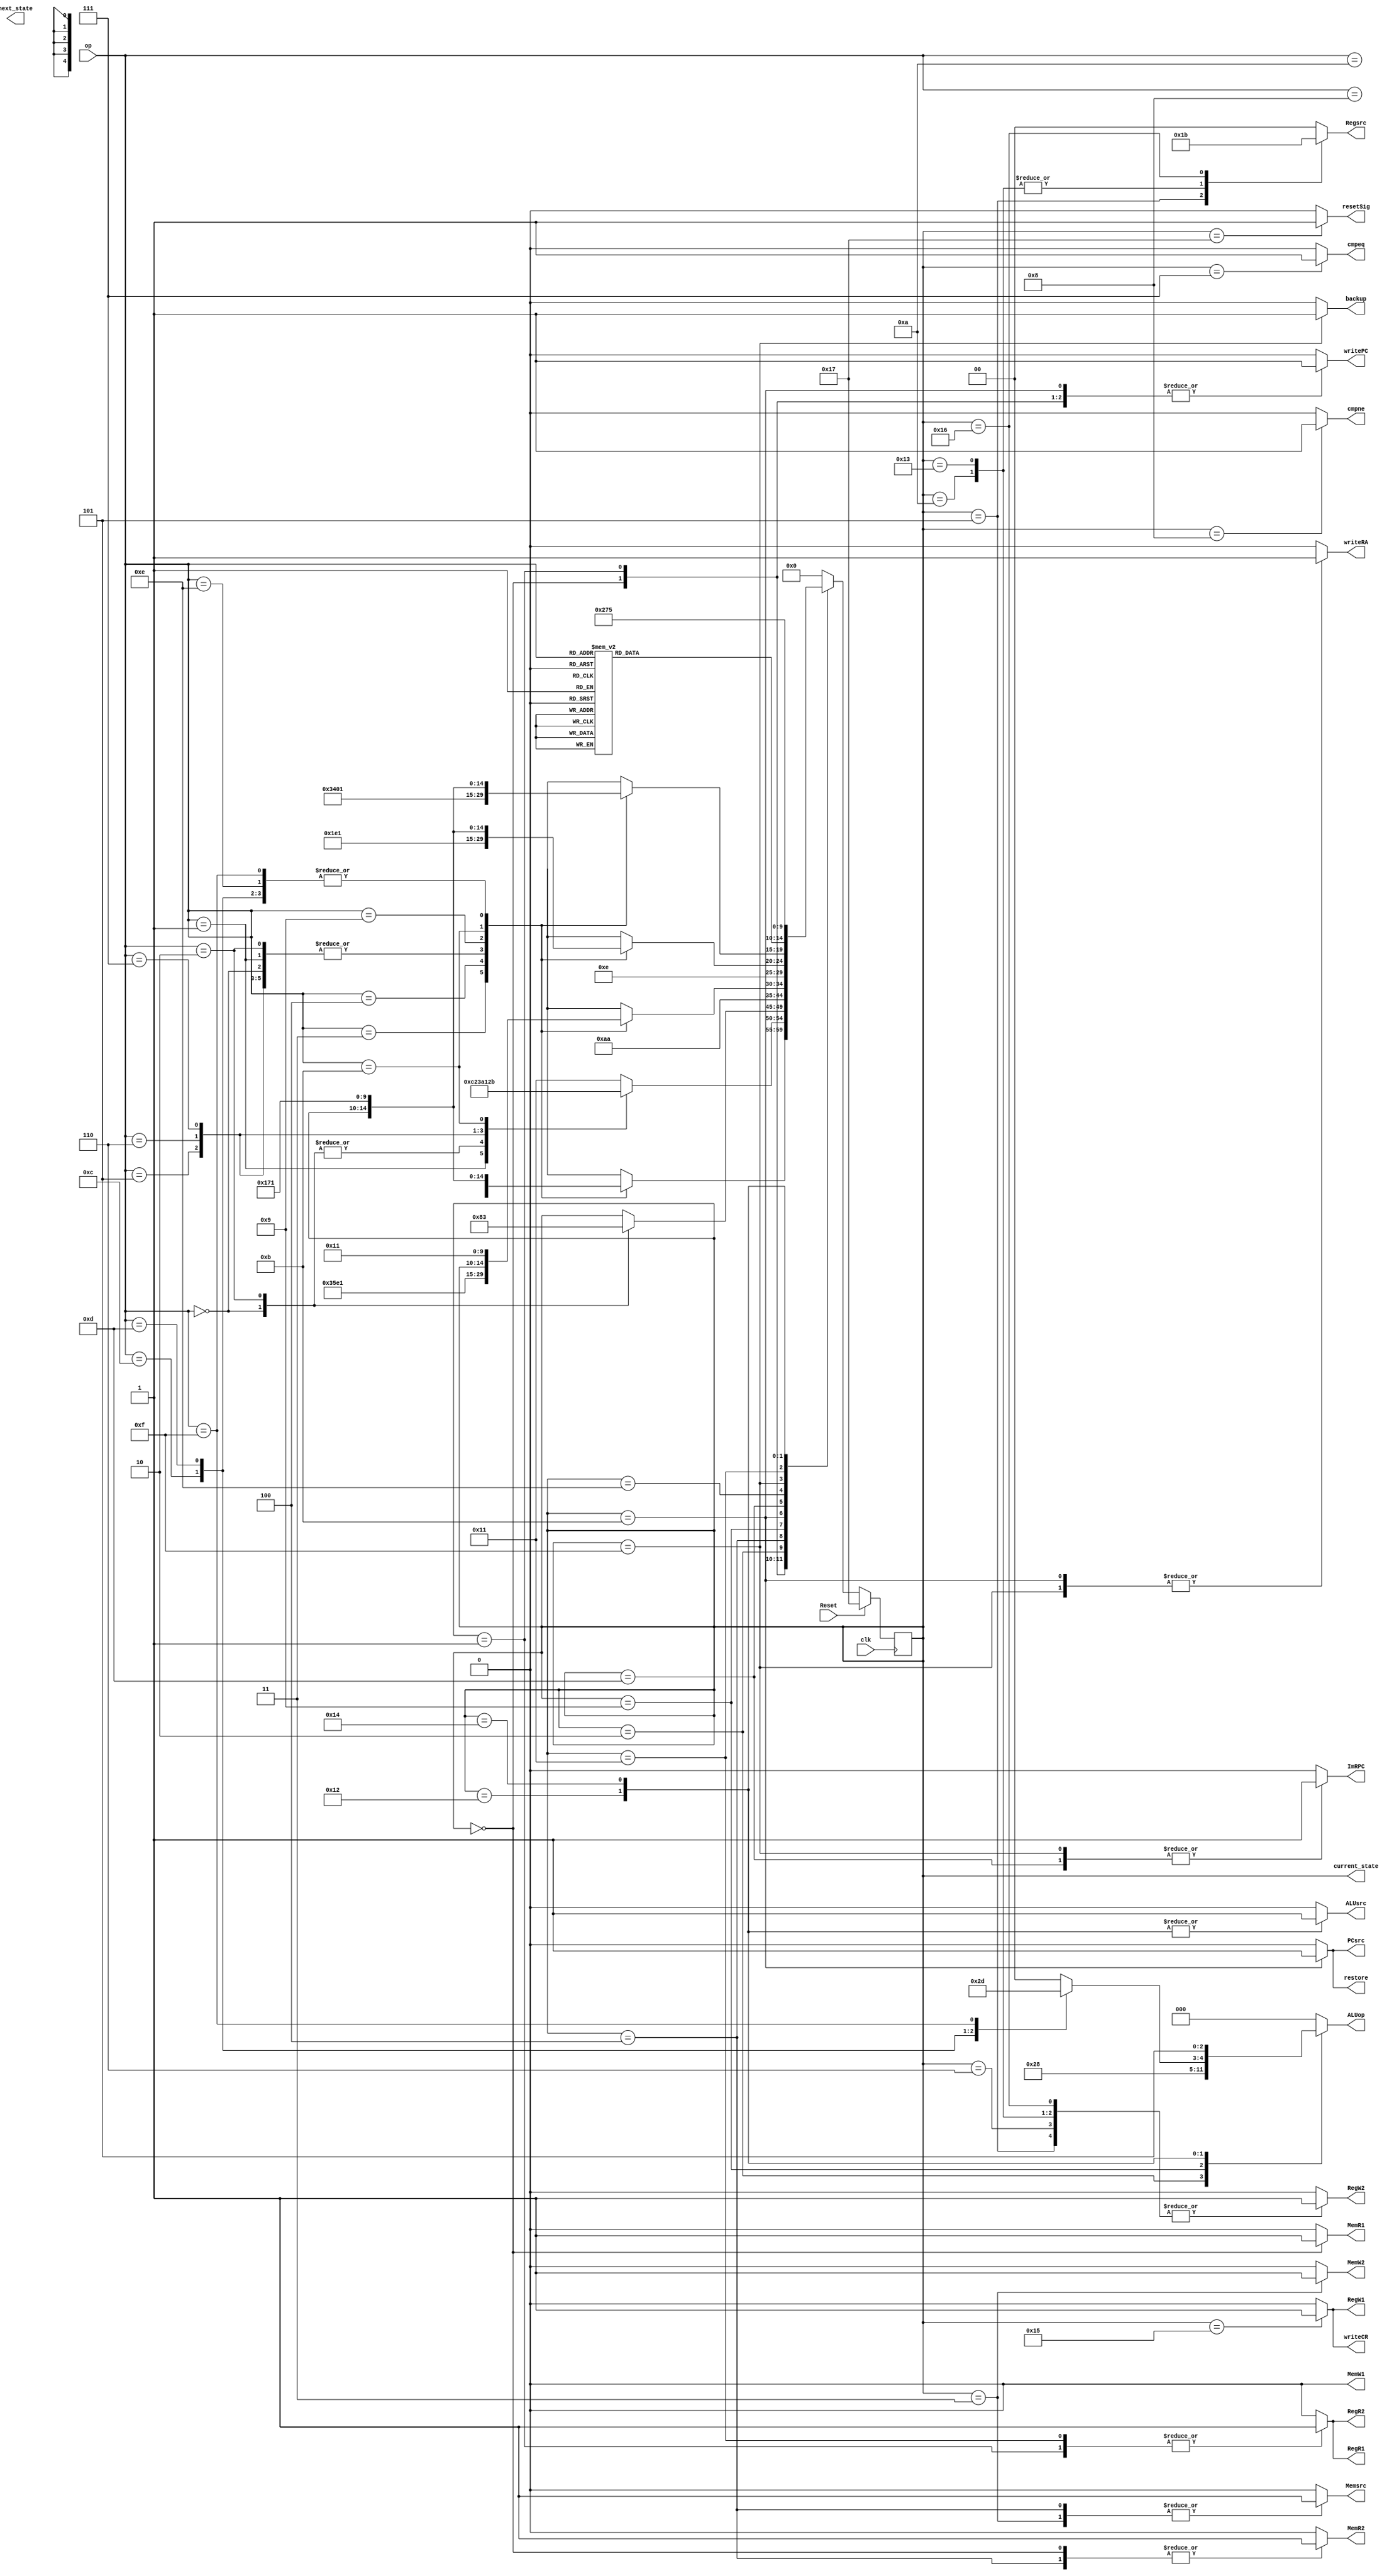
`timescale 1ns / 1ps

module control_unit(
    input [3:0] op,
	 input clk,
	 input Reset,
	 
    output reg PCsrc,
    output reg writePC,
    output reg writeRA,
    output reg ImRPC,
    output reg Memsrc,
    output reg MemW1,
    output reg MemW2,
    output reg MemR1,
    output reg MemR2,
    output reg writeCR,
    output reg [1:0] Regsrc,
    output reg backup,
    output reg restore,
    output reg RegW1,
    output reg RegW2,
    output reg RegR1,
    output reg RegR2,
    output reg ALUsrc,
    output reg [2:0] ALUop,
    output reg cmpeq,
	 output reg cmpne,
	 output reg resetSig,
	 
	 // track the state
	 output reg [4:0] current_state,
	 output reg[4:0] next_state
    );

	 // state definitions
	 parameter		Fetch = 0;
	 parameter		I_decode = 1;
	 parameter		I_str_ex = 2;
	 parameter		I_str_mem = 3;
	 parameter		I_lda_mem = 4;
	 parameter		I_lda_wb = 5;
	 parameter		I_ldi_ex = 6;
	 parameter		I_beq_ex = 7;
	 parameter		I_bne_ex = 8;
	 parameter		I_sft_ex = 9;
	 parameter		I_sft_mem = 10;
	 parameter		I_ret_decode = 11;
	 parameter		I_ret_ex = 12; // combined with state 11
	 parameter		I_bop_decode = 13;
	 parameter		I_bop_ex = 14;
	 parameter		I_cal_decode = 15;
	 parameter		I_cal_ex = 16; // combined with state 15
	 parameter		G_decode = 17;
	 parameter		G_ex = 18;
	 parameter		G_mem = 19;
	 parameter		G_slt_ex = 20;
	 parameter		G_slt_mem = 21;
	 parameter		G_cop_ex = 22;
	 parameter		reset = 23;
		
	//Output signals
	always @ (current_state) begin
			// reset signals
			PCsrc = 0;
			writePC = 0;
			writeRA = 0;
			ImRPC = 0;
			Memsrc = 0;
			MemW1 = 0;
			MemW2 = 0;
			MemR1 = 0;
			MemR2 = 0;
			writeCR = 0;
			Regsrc = 0;
			backup = 0;
			restore = 0;
			RegW1 = 0;
			RegW2 = 0;
			RegR1 = 0;
			RegR2 = 0;
			ALUsrc = 0;
			ALUop = 0;
			cmpeq = 0;
			cmpne = 0;
			resetSig = 0;
			
			case (current_state)
			
				reset:
					begin
						writePC = 1;
						resetSig = 1;
					end
			
				Fetch:
					begin
						PCsrc = 0;
						writePC = 1;
						Memsrc = 0;
						MemR1 = 1;
						MemR2 = 1;
					end
				
				I_decode:
					begin
						PCsrc = 0;
						writePC = 1;
						writeCR = 0;
						RegR1 = 1;
						RegR2 = 1;
					end
					
				I_str_ex:
					begin
						ALUsrc = 0;
						ALUop = 2;
					end
				
				I_str_mem:
					begin
						Memsrc = 1;
						MemW2 = 1;
					end
				
				I_lda_mem:
					begin
						MemR2 = 1;
						Memsrc = 1;
					end
				
				I_lda_wb:
					begin
						Regsrc = 1;
						RegW2 = 1;
					end
					
				I_ldi_ex:
					begin
						Regsrc = 0;
						RegW2 = 1;
					end
						
				I_beq_ex:
					begin
						cmpeq = 1;
						PCsrc = 0;
					end
					
				I_bne_ex:
					begin
						cmpne = 1;
						PCsrc = 0;
					end
					
				I_sft_ex:
					begin
						ALUsrc = 0;
						ALUop = 4;
					end
					
				I_sft_mem:
					begin
						Regsrc = 2;
						RegW2 = 1;
					end
					
				I_ret_decode:
					begin
						writePC = 1;
						writeRA = 1;
						PCsrc = 1;
						restore = 1;
					end
					
				I_bop_decode:
					begin
						writePC = 1;
						PCsrc = 0;
						ImRPC = 1;
					end
					
				I_bop_ex:
					begin
						//delay;
					end
					
				I_cal_decode:
					begin
						writePC = 1;
						writeRA = 1;
						ImRPC = 1;
						PCsrc = 0;
						backup = 1;
					end
					
				G_decode:
					begin
						writeCR = 0;
						RegR1 = 1;
						RegR2 = 1;
					end
					
				G_ex:
					begin
						ALUsrc = 1;
						case (op)
							12: ALUop = 2; //add
							13: ALUop = 3; //sub
							14: ALUop = 0; //and
							15: ALUop = 1; //orr
							default: $display("Wrong opcode");
						endcase
					end
					
				G_mem:
					begin
						Regsrc = 2;
						RegW2 = 1;
					end
					
				G_slt_ex:
					begin
						ALUsrc = 1;
						ALUop = 5;
					end
					
				G_slt_mem:
					begin
						writeCR = 1;
						RegW1 = 1;
					end
					
				G_cop_ex:
					begin
						Regsrc = 3;
						RegW2 = 1;
					end
				
				default:
					begin
						$display("Not implemented");
					end
					
			endcase
			
		end
	
	//Current State calculation
	always @ (posedge clk) begin
		
			// $display("The current state is %d", current_state);
			if (Reset) current_state = reset;
			else begin
				case (current_state)
					
					reset:
						current_state = Fetch;
						
					Fetch:
						begin
							case (op)
								0: current_state = I_decode; //lda
								1: current_state = I_decode; //ldi
								2: current_state = I_decode; //str
								3: current_state = I_bop_decode; //bop
								4: current_state = I_cal_decode; //cal
								5: current_state = I_decode; //beq
								6: current_state = I_decode; //bne
								7: current_state = I_decode; //sft
								8: current_state = G_decode; //cop
								9: begin
										$display("Empty opcode 9"); //empty
										//current_state = Fetch;
									end
								10: current_state = G_decode; //slt
								11: current_state = I_ret_decode; //ret
								12: current_state = G_decode; //add
								13: current_state = G_decode; //sub
								14: current_state = G_decode; //and
								15: current_state = G_decode; //orr
								//default: $display("Wrong opcode");
							endcase
						end	
					
					I_decode:
						begin
							case (op)
								0: current_state = I_str_ex; //lda
								1: current_state = I_ldi_ex; //ldi
								2: current_state = I_str_ex; //str
								5: current_state = I_beq_ex; //beq
								6: current_state = I_bne_ex; //bne
								7: current_state = I_sft_ex; //sft
								11: current_state = I_ret_decode;
								default: current_state = G_decode;
							endcase
						end
					
					I_str_ex:
						begin
							case (op)
								0: current_state = I_lda_mem; //lda
								2: current_state = I_str_mem; //str
								default: $display("Wrong opcode");
							endcase
						end
					
					I_str_mem:
						begin
							current_state = Fetch;
						end
					
					I_lda_mem:
						begin
							current_state = I_lda_wb;
						end
					
					I_lda_wb:
						begin
							current_state = Fetch;
						end
						
					I_ldi_ex:
						begin
							current_state = Fetch;
						end
							
					I_beq_ex:
						begin
							current_state = Fetch;
						end
						
					I_bne_ex:
						begin
							current_state = Fetch;
						end
						
					I_sft_ex:
						begin
							current_state = I_sft_mem;
						end
						
					I_sft_mem:
						begin
							current_state = Fetch;
						end
						
					I_ret_decode:
						begin
							case (op)
								0: current_state = I_decode; //lda
								1: current_state = I_decode; //ldi
								2: current_state = I_decode; //str
								3: current_state = I_bop_decode; //bop
								4: current_state = I_cal_decode; //cal
								5: current_state = I_decode; //beq
								6: current_state = I_decode; //bne
								7: current_state = I_decode; //sft
								8: current_state = G_decode; //cop
								9: begin
										$display("Empty opcode 9"); //empty
										//current_state = Fetch;
									end
								10: current_state = G_decode; //slt
								11: current_state = Fetch; //ret
								12: current_state = G_decode; //add
								13: current_state = G_decode; //sub
								14: current_state = G_decode; //and
								15: current_state = G_decode; //orr
								//default: $display("Wrong opcode");
							endcase
						end
						
					I_bop_decode:
						begin
							current_state = I_bop_ex;
						end
						
					I_bop_ex:
						begin
							case (op)
								0: current_state = I_decode; //lda
								1: current_state = I_decode; //ldi
								2: current_state = I_decode; //str
								3: current_state = Fetch; //bop
								4: current_state = I_cal_decode; //cal
								5: current_state = I_decode; //beq
								6: current_state = I_decode; //bne
								7: current_state = I_decode; //sft
								8: current_state = G_decode; //cop
								9: begin
										$display("Empty opcode 9"); //empty
										//current_state = Fetch;
									end
								10: current_state = G_decode; //slt
								11: current_state = I_ret_decode; //ret
								12: current_state = G_decode; //add
								13: current_state = G_decode; //sub
								14: current_state = G_decode; //and
								15: current_state = G_decode; //orr
								//default: $display("Wrong opcode");
							endcase
						end
						
					I_cal_decode:
						begin
							case (op)
								0: current_state = I_decode; //lda
								1: current_state = I_decode; //ldi
								2: current_state = I_decode; //str
								3: current_state = I_bop_decode; //bop
								4: current_state = Fetch; //cal
								5: current_state = I_decode; //beq
								6: current_state = I_decode; //bne
								7: current_state = I_decode; //sft
								8: current_state = G_decode; //cop
								9: begin
										$display("Empty opcode 9"); //empty
										//current_state = Fetch;
									end
								10: current_state = G_decode; //slt
								11: current_state = I_ret_decode; //ret
								12: current_state = G_decode; //add
								13: current_state = G_decode; //sub
								14: current_state = G_decode; //and
								15: current_state = G_decode; //orr
								//default: $display("Wrong opcode");
							endcase
						end
						
					G_decode:
						begin
							case (op)
								8: current_state = G_cop_ex; //cop
								10: current_state = G_slt_ex; //slt
								12: current_state = G_ex; //add
								13: current_state = G_ex; //sub
								14: current_state = G_ex; //and
								15: current_state = G_ex; //orr
								3: current_state = I_bop_decode;
								4: current_state = I_cal_decode;
								11: current_state = I_ret_decode;
								default: current_state = I_decode;
							endcase
						end
						
					G_ex:
						begin
							current_state = G_mem;
						end
						
					G_mem:
						begin
							current_state = Fetch;
						end
						
					G_slt_ex:
						begin
							current_state = G_slt_mem;
						end
						
					G_slt_mem:
						begin
							current_state = Fetch;
						end
						
					G_cop_ex:
						begin
							current_state = Fetch;
						end
					
					default:
						begin
							current_state = Fetch;
							$display("Not implementated state");
						end
						
				endcase
			end			
		end

endmodule